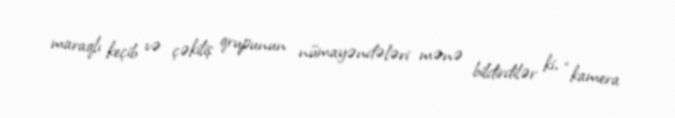
maraqlı keçib və çəkiliş qrupunun nümayəndələri mənə bildirdilər ki, “kamera